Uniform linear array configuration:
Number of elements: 32
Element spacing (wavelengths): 0.25
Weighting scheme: kaiser
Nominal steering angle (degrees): -30
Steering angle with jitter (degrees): -28.514
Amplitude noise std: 0.05
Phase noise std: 0.05

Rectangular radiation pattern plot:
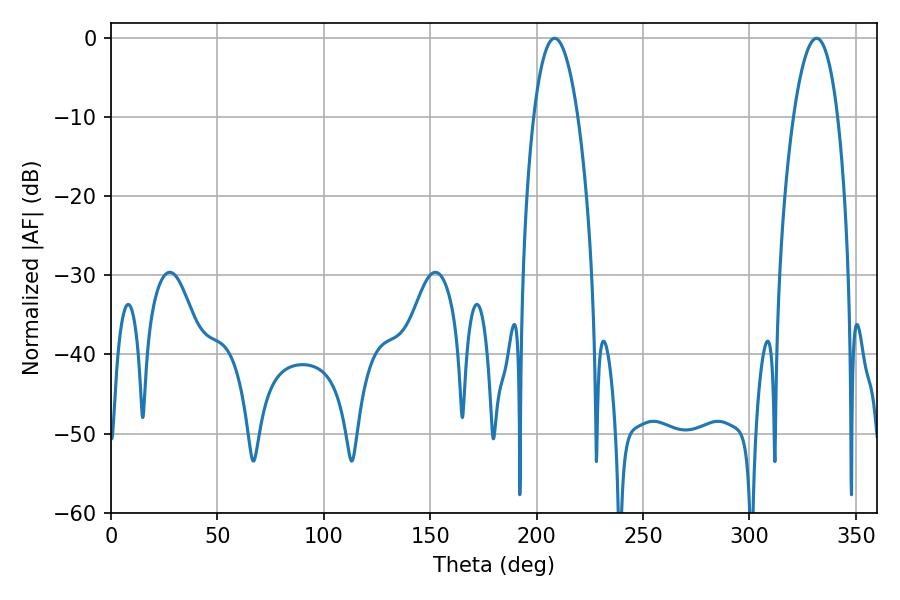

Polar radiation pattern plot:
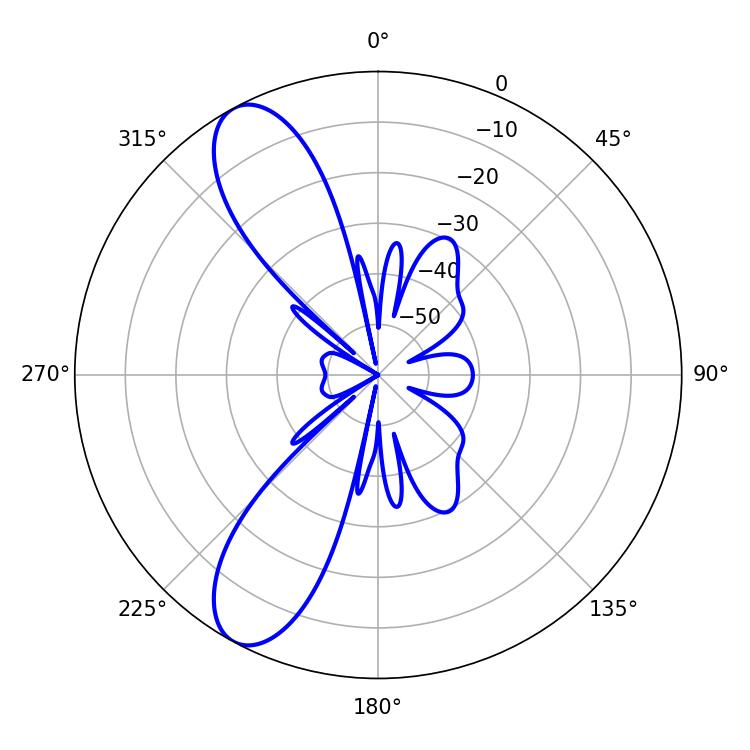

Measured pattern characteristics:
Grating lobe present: FALSE
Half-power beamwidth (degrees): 11.52
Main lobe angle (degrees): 331.56